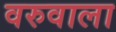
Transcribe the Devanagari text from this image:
वरुवाला